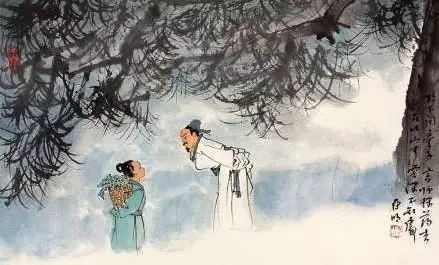
傍枯林古道，长河饮马，此意悠悠。